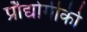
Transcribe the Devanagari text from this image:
प्रौद्योगीकी